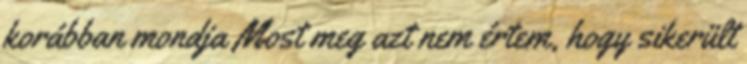
korábban mondja Most meg azt nem értem, hogy sikerült